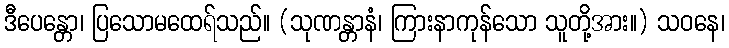
ဒီပေန္တော၊ ပြသောမထေရ်သည်။ (သုဏန္တာနံ၊ ကြားနာကုန်သော သူတို့အား။) သဝနေ၊